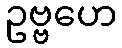
ဥဗ္ဗဟေ